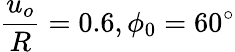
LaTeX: \frac{u_{o}}{R}=0.6,\phi_{0}=60^{\circ}